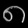
Digit: ၈